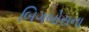
બિગબોસના